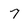
Character: 7